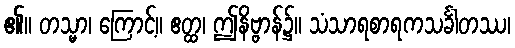
၏။ တသ္မာ၊ ကြောင့်။ ဧတ္ထ၊ ဤနိဗ္ဗာန်၌။ သံသာရစာရကသင်္ခါတဿ၊